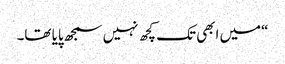
“میں ابھی تک کچھ نہیں سمجھ پایا تھا۔